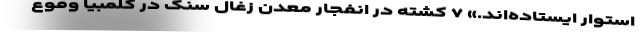
استوار ایستاده‌اند.» ۷ کشته در انفجار معدن زغال سنگ در کلمبیا وقوع